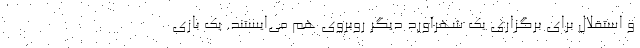
و استقلال برای برگزاری یک شهرآورد دیگر روبروی هم می‌ایستند. یک بازی